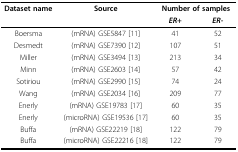
<table><thead><tr><td><b>Dataset name</b></td><td><b>Source</b></td><td colspan="2"><b>Number of samples</b></td></tr><tr><td></td><td></td><td><b><i>ER+</i></b></td><td><b><i>ER-</i></b></td></tr></thead><tbody><tr><td>Boersma</td><td>(mRNA) GSE5847 [11]</td><td>41</td><td>52</td></tr><tr><td>Desmedt</td><td>(mRNA) GSE7390 [12]</td><td>107</td><td>51</td></tr><tr><td>Miller</td><td>(mRNA) GSE3494 [13]</td><td>213</td><td>34</td></tr><tr><td>Minn</td><td>(mRNA) GSE2603 [14]</td><td>57</td><td>42</td></tr><tr><td>Sotiriou</td><td>(mRNA) GSE2990 [15]</td><td>74</td><td>24</td></tr><tr><td>Wang</td><td>(mRNA) GSE2034 [16]</td><td>209</td><td>77</td></tr><tr><td>Enerly</td><td>(mRNA) GSE19783 [17]</td><td>60</td><td>35</td></tr><tr><td>Enerly</td><td>(microRNA) GSE19536 [17]</td><td>60</td><td>35</td></tr><tr><td>Buffa</td><td>(mRNA) GSE22219 [18]</td><td>122</td><td>79</td></tr><tr><td>Buffa</td><td>(microRNA) GSE22216 [18]</td><td>122</td><td>79</td></tr></tbody></table>